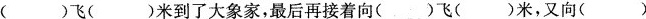
( )飞( )米到了大象家，最后再接着向( )飞( )米，又向( )